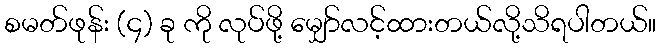
စမတ်ဖုန်း (၄) ခု ကို လုပ်ဖို့ မျှော်လင့်ထားတယ်လို့သိရပါတယ်။